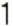
1